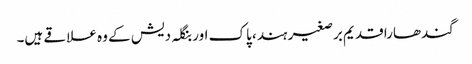
گندھارا قدیم برصغیر ہند، پاک اور بنگلہ دیش کے وہ علاقے ہیں۔